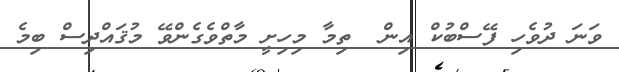
ވަނަ ދުވެހި ފޭސްބުކް އިން  ތިމާ މިހިށީ މާތްވެގެންވޭ މުޤައްދިސް ބިމެ